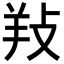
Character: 𢼝